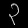
Digit: ၃